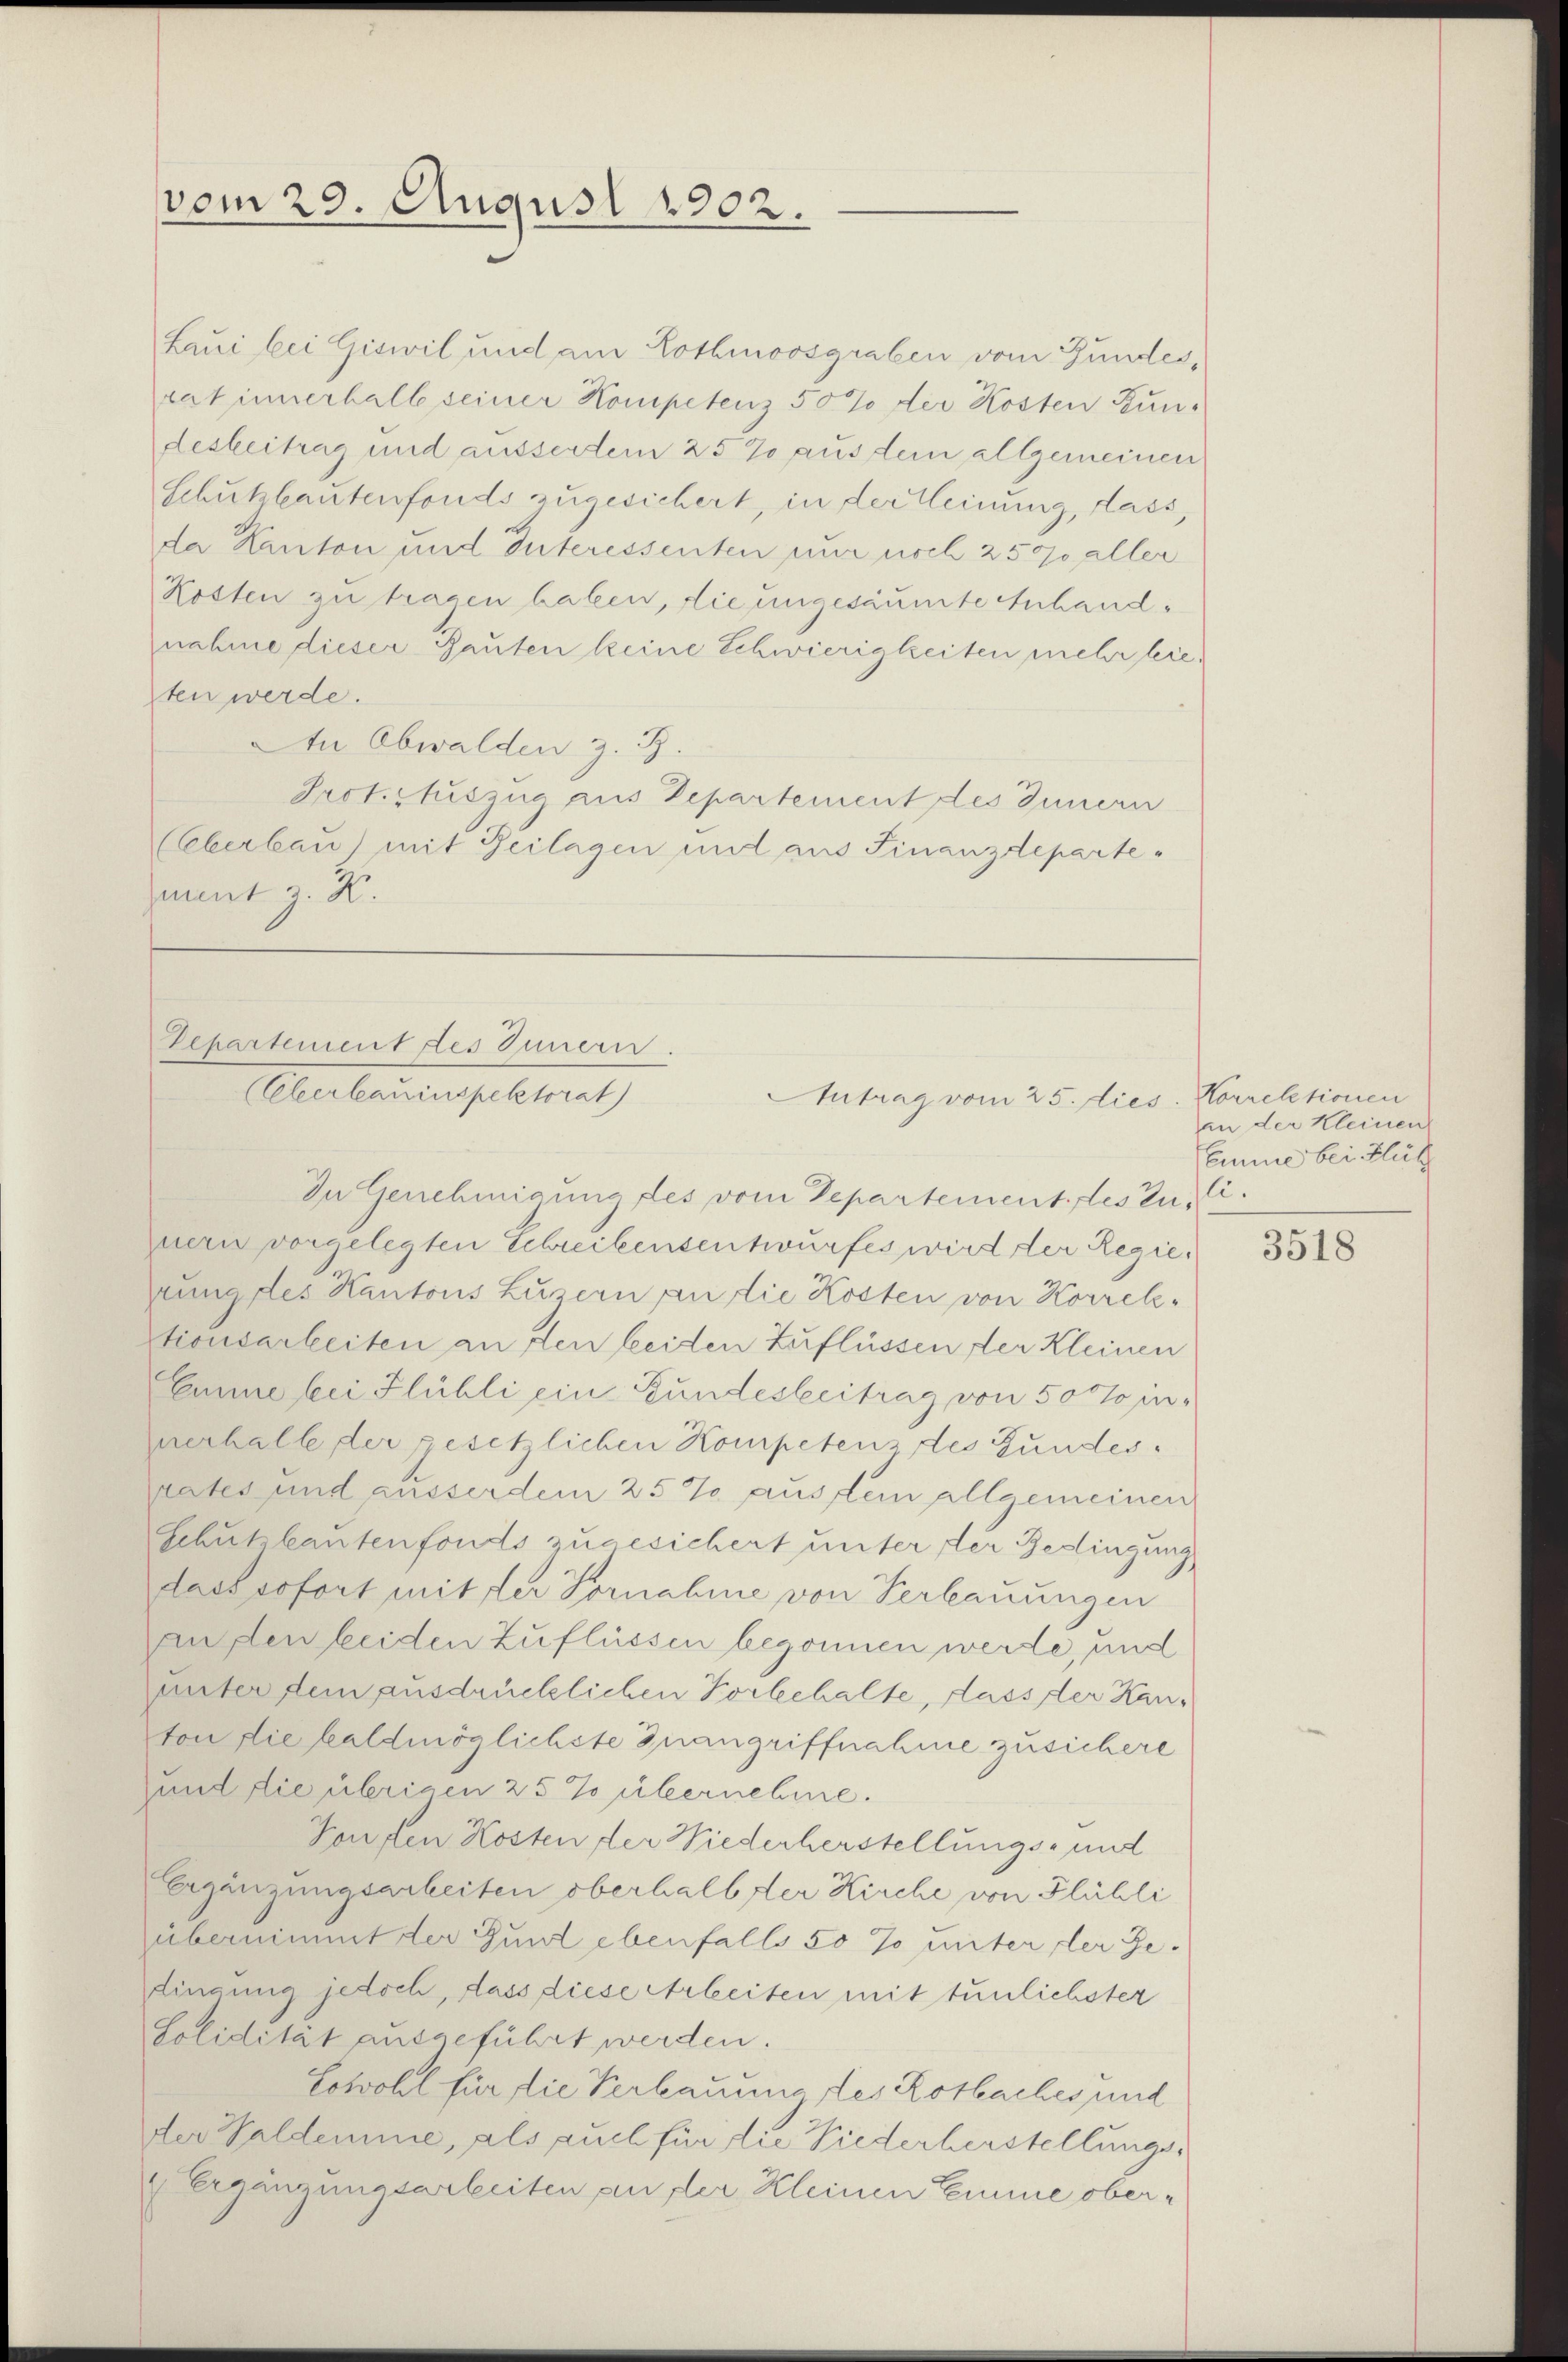
vom 29. August 1902.

Laui bei Giswil und am Lothmoosgraben vom Bundes,
rat innerhalb seiner Kompetenz 50% der Kosten Zun-
desbeitrag und äusserten 25 2 aus dem algemeinen
Schutzbautenfonds zugesichert, in der Meinung, dass,
da Kanton und Interessenten nur noch 250 aller
Kosten zu tragen haben, die ungesäumte Anhandnahme dieser Gauten keine Schwierigkeiten mehr lieten werde.
An Obwalden z. B.
Prot. Auszug aus Departement des Innern
(Eberbau) mit Beilagen und aus Finanzdeparteamnt z. K.

Departement des Innern.
(Clerbauinspektorat

In Genehmigung des vom Departement. des zu, C.
uern vorgelegten Schreibensentwurfes wird der Regiehrung des Kantons Luzern an die Kosten von Korrektionsarbeiten an den beiden zuflüssen der Kleinen
Emme bei Flühli ein Bundesbeitrag von 50 % innerhalle der gesetzlichen Kompetenz des Gundes.
rates und ausserdem 25% aus fein allgemeinen
Schutzbantenfonds zugesichert unter der Bedingung
dass sofort mit der Vornahme von Verbauungen
anden beiden zuflüssen begonnen werde, und
unter dem ausdrücklichen Vorbehalte, dass der Hanton die baldmöglichste Inangriffnahme zusichere
und die übrigen 25% übernehme.
Kenten Kosten der Wiederherstellungs- und
Ergänzungsarbeiten oberhalb der Kirche von Flühli
übernimmt der Gunt ebenfalls so so unter der Ge-
dingung jedoch, dass diese Arbeiten mit tunlichster
Solidität ausgeführt werden.
Sowohl für die Verbauung des Rotbaches und
Der Waldemme, als auch für die Wiederberstellungs¬
Ergänzungsarbeiten an der Kleinen Emme ober¬

Antrag vom 25. dies

Korrelationen
an der Kleinen
Emme bei Flüch

3518